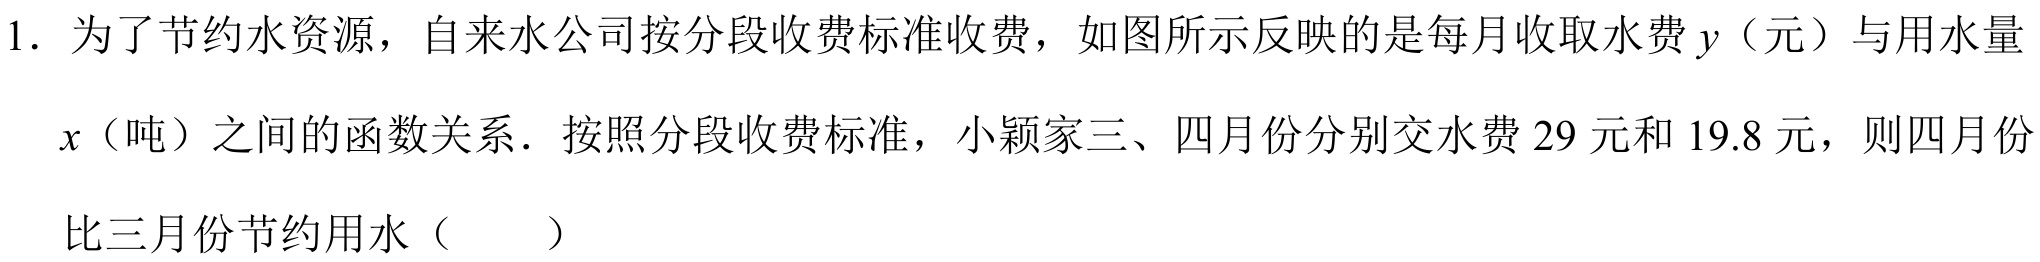
1. 为了节约水资源，自来水公司按分段收费标准收费，如图所示反映的是每月收取水费\(y\)（元）与用水量\(x\)（吨）之间的函数关系．按照分段收费标准，小颖家三、四月份分别交水费\(29\)元和\(19.8\)元，则四月份比三月份节约用水（  ）